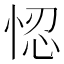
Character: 𢚴